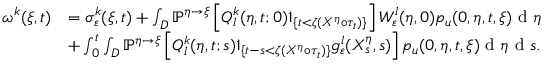
\begin{array} { r l } { \omega ^ { k } ( \xi , t ) } & { = \sigma _ { \varepsilon } ^ { k } ( \xi , t ) + \int _ { D } \mathbb { P } ^ { \eta \rightarrow \xi } \left[ Q _ { l } ^ { k } ( \eta , t ; 0 ) 1 _ { \{ t < \zeta ( X ^ { \eta } \circ \tau _ { t } ) \} } \right] W _ { \varepsilon } ^ { l } ( \eta , 0 ) p _ { u } ( 0 , \eta , t , \xi ) \textrm { d } \eta } \\ & { + \int _ { 0 } ^ { t } \int _ { D } \mathbb { P } ^ { \eta \rightarrow \xi } \left[ Q _ { l } ^ { k } ( \eta , t ; s ) 1 _ { \{ t - s < \zeta ( X ^ { \eta } \circ \tau _ { t } ) \} } g _ { \varepsilon } ^ { l } ( X _ { s } ^ { \eta } , s ) \right] p _ { u } ( 0 , \eta , t , \xi ) \textrm { d } \eta \textrm { d } s . } \end{array}